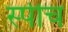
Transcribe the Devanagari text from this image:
स्‍पीच